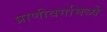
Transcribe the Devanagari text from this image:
प्राणीवर्गामध्ये